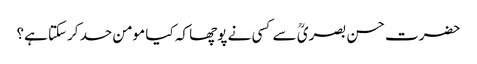
حضرت حسن بصریؒ سے کسی نے پوچھا کہ کیا مومن حسد کرسکتا ہے؟